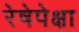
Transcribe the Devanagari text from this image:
रेषेपेक्षा